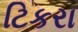
ટિકરા